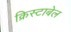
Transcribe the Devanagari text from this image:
क्रिस्टाबेल